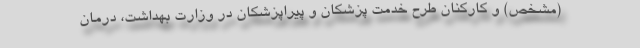
(مشخص) و کارکنان طرح خدمت پزشکان و پیراپزشکان در وزارت بهداشت، درمان